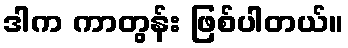
ဒါက ကာတွန်း ဖြစ်ပါတယ်။